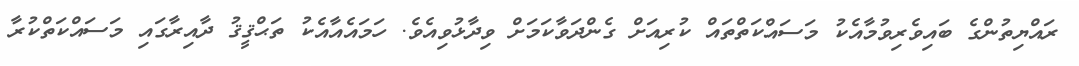
ރައްޔިތުންގެ ބައިވެރިވުމާއެކު މަސައްކަތްތައް ކުރިއަށް ގެންދަވާކަމަށް ވިދާޅުވިއެވެ. ހަމައެއާއެކު ތަޙްޤީޤު ދާއިރާގައި މަސައްކަތްކުރާ